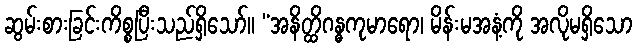
ဆွမ်းစားခြင်းကိစ္စပြီးသည်ရှိသော်။ “အနိတ္ထိဂန္ဓကုမာရော၊ မိန်းမအနံ့ကို အလိုမရှိသော